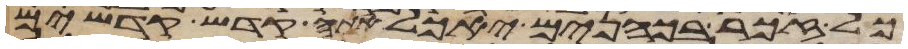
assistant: כל זכר בכהנים יאכל אתה קדש קדשים